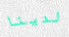
لدينا